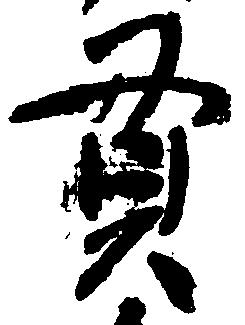
貫